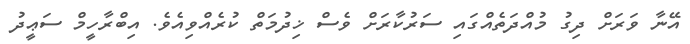
އޭނާ ވަރަށް ދިގު މުއްދަތެއްގައި ސަރުކާރަށް ވެސް ޚިދުމަތް ކުރެއްވިއެވެ. އިބްރާހީމް ސަޢީދު